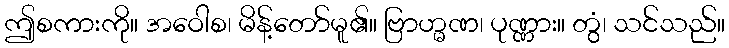
ဤစကားကို။ အဝေါစ၊ မိန့်တော်မူ၏။ ဗြာဟ္မဏ၊ ပုဏ္ဏား။ တွံ၊ သင်သည်။